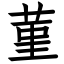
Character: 菫